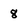
Character: 8